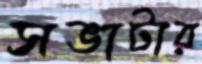
সভাটার